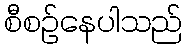
စီစဉ်နေပါသည်